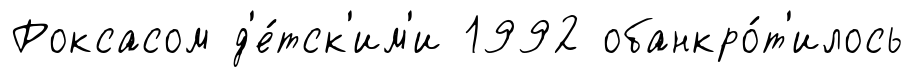
Роксасом д'е́тск'им'и 1992 обанкро́т'илось